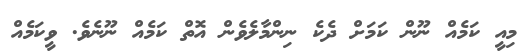
މިއީ ކަމެއް ނޫން ކަމަށް ދެކެ ނިންމާލެވެން އޮތް ކަމެއް ނޫނެވެ. ވީކަމެއް